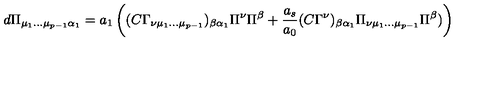
d \Pi _ { \mu _ { 1 } \dots \mu _ { p - 1 } \alpha _ { 1 } } = a _ { 1 } \left( ( C \Gamma _ { \nu \mu _ { 1 } \dots \mu _ { p - 1 } } ) _ { \beta \alpha _ { 1 } } \Pi ^ { \nu } \Pi ^ { \beta } + { \frac { a _ { s } } { a _ { 0 } } } ( C \Gamma ^ { \nu } ) _ { \beta \alpha _ { 1 } } \Pi _ { \nu \mu _ { 1 } \dots \mu _ { p - 1 } } \Pi ^ { \beta } ) \right)